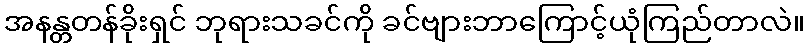
အနန္တတန်ခိုးရှင် ဘုရားသခင်ကို ခင်ဗျားဘာကြောင့်ယုံကြည်တာလဲ။